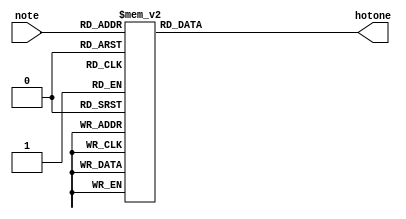
`timescale 1ns / 1ps
//////////////////////////////////////////////////////////////////////////////////
// Company: 
// Engineer: 
// 
// Design Name: 
// Module Name: note_to_hotone
// Project Name: 
// Target Devices: 
// Tool Versions: 
// Description: 
// 
// Dependencies: 
// 
// Revision:
// Revision 0.01 - File Created
// Additional Comments:
// 
//////////////////////////////////////////////////////////////////////////////////


module note_to_hotone(
    input[4:0] note,
    output reg[7:0] hotone
    );
    always@*
    begin
    case(note)
    5'd0:hotone = 8'b0000_0000;
    5'd1,5'd8,5'd15:hotone = 8'b0100_0000;
    5'd2,5'd9,5'd16:hotone = 8'b0010_0000;
    5'd3,5'd10,5'd17:hotone = 8'b0001_0000;
    5'd4,5'd11,5'd18:hotone = 8'b0000_1000;
    5'd5,5'd12,5'd19:hotone = 8'b0000_0100;
    5'd6,5'd13,5'd20:hotone = 8'b0000_0010;
    5'd7,5'd14,5'd21:hotone = 8'b0000_0001;
    5'd31:hotone = 8'b1111_1111;
    default:hotone = 8'b1111_1111;
    endcase
    end
endmodule